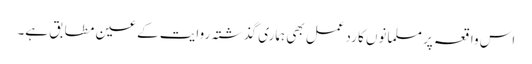
اس واقعہ پر مسلمانوں کا ردعمل بھی ہماری گذشتہ روایت کے عین مطابق ہے۔